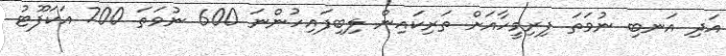
އަދި އަނބި ނުވަތަ ފިރިމީހާއަށް ތަރިކައިން ލިބިފައިހުންނަ 600 ނުވަތަ 700 އަކަފޫޓު